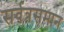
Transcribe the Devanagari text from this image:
सर्वत्रसमान